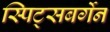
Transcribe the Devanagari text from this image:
स्पिट्सबर्गेन